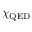
\chi _ { \mathrm { Q E D } }